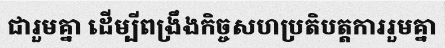
ជារួមគ្នា ដើម្បីពង្រឹងកិច្ចសហប្រតិបត្តការរួមគ្នា